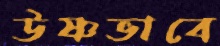
উষ্ণভাবে